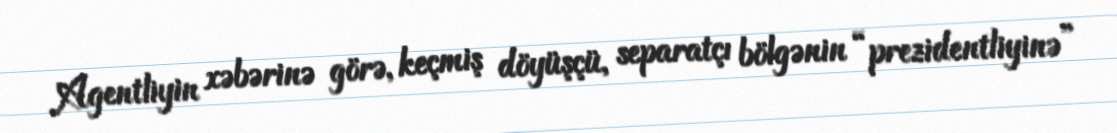
Agentliyin xəbərinə görə, keçmiş döyüşçü, separatçı bölgənin “prezidentliyinə”